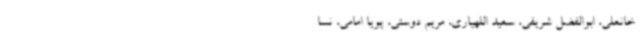
خانعلی، ابوالفضل شریفی، سعید اللهیاری، مریم دوستی، پویا امامی، نسا